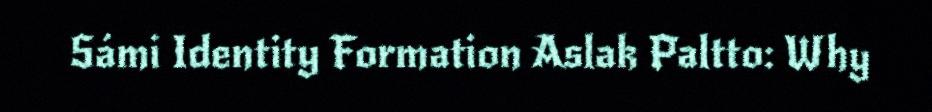
Sámi Identity Formation Aslak Paltto: Why